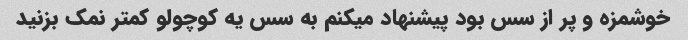
خوشمزه و پر از سس بود پیشنهاد میکنم به سس یه کوچولو کمتر نمک بزنید